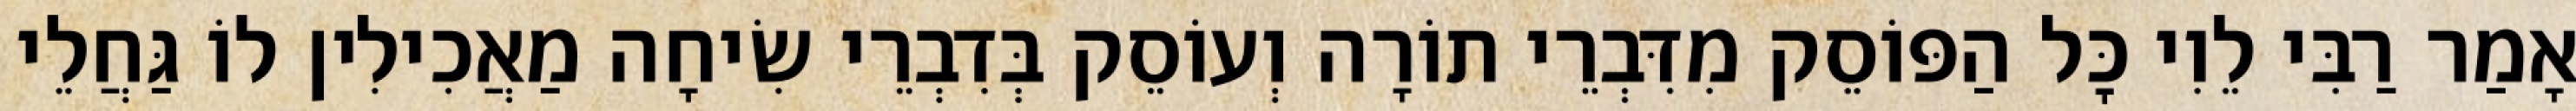
אָמַר רַבִּי לֵוִי כׇּל הַפּוֹסֵק מִדִּבְרֵי תוֹרָה וְעוֹסֵק בְּדִבְרֵי שִׂיחָה מַאֲכִילִין לוֹ גַּחֲלֵי